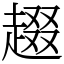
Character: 䞵